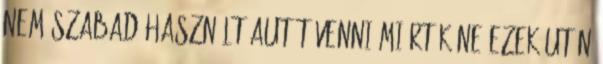
nem szabad használt autót venni Miért kéne ezek után